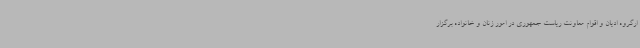
ارگروه ادیان و اقوام معاونت ریاست جمهوری در امور زنان و خانواده برگزار